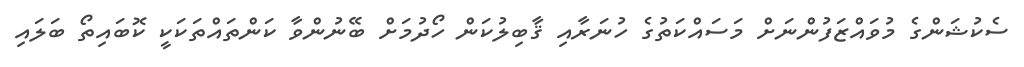
ސެކުޝަންގެ މުވައްޒަފުންނަށް މަސައްކަތުގެ ހުނަރާއި ޤާބިލުކަން ހޯދުމަށް ބޭނުންވާ ކަންތައްތަކަކީ ކޮބައިތޯ ބަލައި